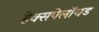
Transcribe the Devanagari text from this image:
हेक्सपेलॉयड